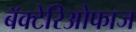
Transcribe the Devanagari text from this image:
बॅक्टेरिओफाज